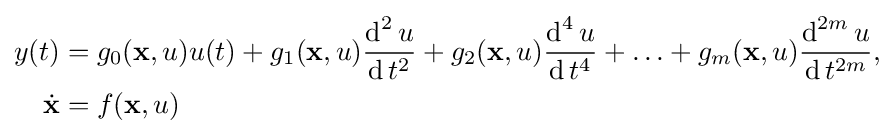
{\begin{aligned}y(t)&=g_{0}({\textbf {x}},u)u(t)+g_{1}({\textbf {x}},u){\operatorname {d} ^{2}u \over \operatorname {d} t^{2}}+g_{2}({\textbf {x}},u){\operatorname {d} ^{4}u \over \operatorname {d} t^{4}}+\ldots +g_{m}({\textbf {x}},u){\operatorname {d} ^{2m}u \over \operatorname {d} t^{2m}},\\{\dot {\textbf {x}}}&=f({\textbf {x}},u)\end{aligned}}